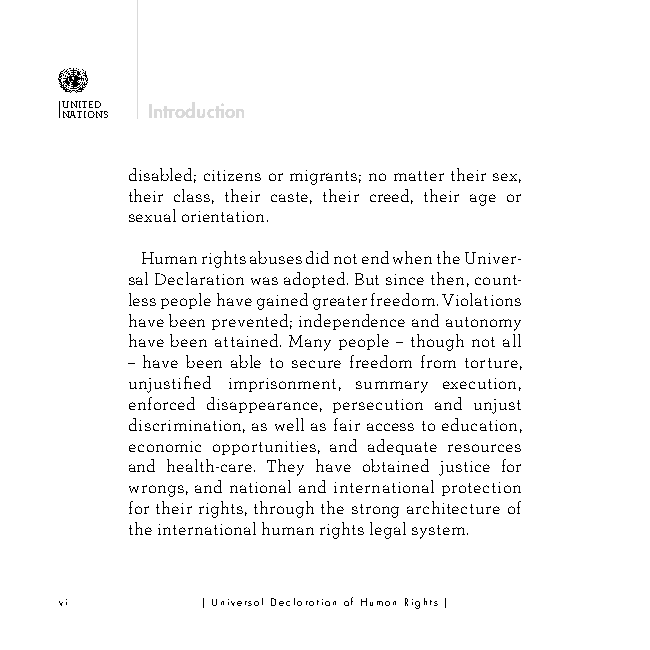
U NN ATIT IOED NS Introduction
 disabled; citizens or migrants; no matter their sex,
 their class, their caste, their creed, their age or
 sexual orientation.
 Human rights abuses did not end when the Univer-
 sal Declaration was adopted. But since then, count-
 less people have gained greater freedom. Violations
 have been prevented; independence and autonomy
 have been attained. Many people – though not all
 – have been able to secure freedom from torture,
 unjustified imprisonment, summary execution,
 enforced disappearance, persecution and unjust
 discrimination, as well as fair access to education,
 economic opportunities, and adequate resources
 and health-care. They have obtained justice for
 wrongs, and national and international protection
 for their rights, through the strong architecture of
 the international human rights legal system.
 vi       | Universal Declaration of Human Rights |